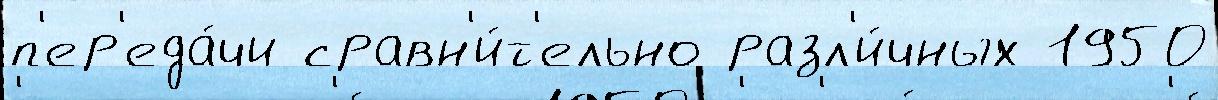
п'ер'еда́чи сравн'и́т'ельно разл'и́чных 1950